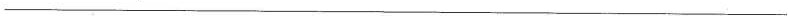
___